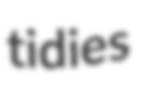
tidies